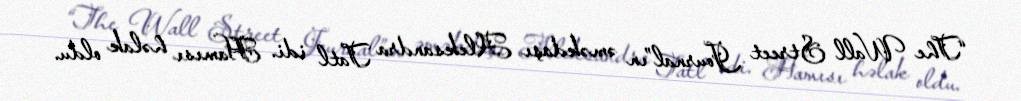
“The Wall Street Journal”ın əməkdaşı Aleksandra Tatl idi. Hamısı həlak oldu.